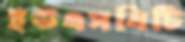
ইউএসবিটি